Annual administration report of the Civil Veterinary Department of India - 1898-1899
Year: 1898
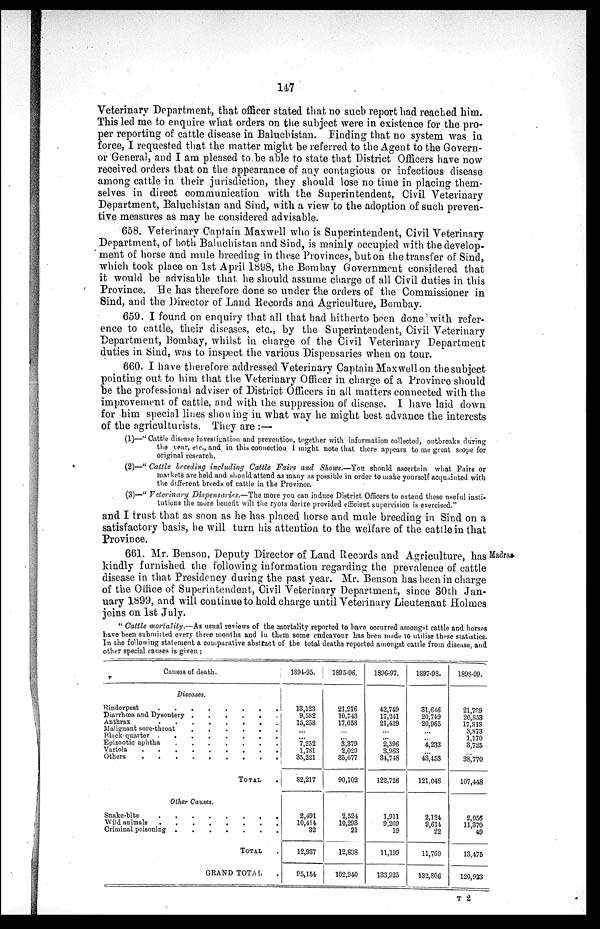
147
Veterinary Department, that officer stated that no such report had reached him.
This led me to enquire what orders on the subject were in existence for the pro-
per reporting of cattle disease in Balucbistan. Finding that no system was in
force, I requested that the matter might be referred to the Agent to the Govern-
or General, and I am pleased to be able to state that District Officers have now
received orders that on the appearance of any contagious or infectious disease
among cattle in their jurisdiction, they should lose no time in placing them-
selves in direct communication with the Superintendent, Civil Veterinary
Department, Baluchistan and Sind, with a view to the adoption of such preven-
tive measures as may be considered advisable.
658. Veterinary Captain Maxwell who is Superintendent, Civil Veterinary
Department, of both Baluchistan and Sind, is mainly occupied with the develop-
ment of horse and mule breeding in these Provinces, but on the transfer of Sind,
which took place on 1st April 1898, the Bombay Government considered that
it would be advisable that he should assume charge of all Civil duties in this
Province. He has therefore done so under the orders of the Commissioner in
Sind, and the Director of Land Records and Agriculture, Bombay.
659. I found on enquiry that all that had hitherto been done with refer-
ence to cattle, their diseases, etc., by the Superintendent, Civil Veterinary
Department, Bombay, whilst in charge of the Civil Veterinary Department
duties in Sind, was to inspect the various Dispensaries when on tour.
660. I have therefore addressed Veterinary Captain Maxwell on the subject
pointing out to him that the Veterinary Officer in charge of a Province should
be the professional adviser of District Officers in all matters connected with the
improvement of cattle, and with the suppression of disease. I have laid down
for him special lines showing in what way he might best advance the interests
of the agriculturists. They are:—
(1)—"Cattle disease investigation and prevention, together with information collected, outbreaks during
the year, etc., and in this connection I might note that there appears to me great scope for
original research.
(2)—" Cattle breeding including Cattle Fairs and Shows.—You should ascertain what Fairs or
markets are held and should attend as many as possible in order to make yourself acquainted with
the different breeds of cattle in the Province.
(3)—" Veterinary Dispensaries.—The more you can induce District Officers to extend these useful insti-
tutions the more benefit will the ryots derive provided efficient supervision is exercised."
and I trust that as soon as he has placed horse and mule breeding in Sind on a
satisfactory basis, he will turn his attention to the welfare of the cattle in that
Province.
Madras.
661. Mr. Benson, Deputy Director of Land Records and Agriculture, has
kindly furnished the following information regarding the prevalence of cattle
disease in that Presidency during the past year. Mr. Benson has been in charge
of the Office of Superintendent, Civil Veterinary Department, since 30th Jan-
uary 1899, and will continue to hold charge until Veterinary Lieutenant Holmes
joins on 1st July.
"Cattle mortality.—As usual reviews of the mortality reported to have occurred amongst cattle and horses
have been submitted every three months and in them some endeavour has been made to utilise these statistics.
In the following statement a comparative abstract of the total deaths reported amongst cattle from disease, and
other special causes is given ;
Causes of death.
Diseases.
Rinderpest . . . . . . . .
Diarrhoea and Dysentery . . . . . .
Anthrax . . . . . . . .
Malignant sore-throat . . . . . .
Black-quarter . . . . . . . .
Epizootic aphtha . . . . . . .
Variola . . . . . . . . .
Others . . . . . . . . .
TOTAL .
Other Causes.
Snake-bite . . . . . . . .
Wild animals . . . . . . . .
Criminal poisoning
.
.
.
.
.
.
.
TOTAL .
GRAND TOTAL .
1891-95.
13,123
9,582
15,258
7,252
1,781
35,221
82,217
2,491
10,414
32
12,937
95,154
1895-96.
21,216
10,743
17,058
3,379
2,020
35,677
90,102
2,524
10,293
21
12,838
102,940
1896-97.
42,749
17,241
21,429
2,596
3,963
34,748
122,726
1,911
9,209
19
11,199
133,925
1897-93.
31,616
20,749
20,965
4,233
43,453
121,046
2,124
9,614
22
11,760
132,806
1898-99.
21,739
20,853
17,318
3,873
1,170
3,725
38,770
107,448
2,056
11,370
49
13,475
120,923
T 2